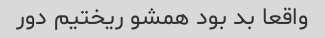
واقعا بد بود همشو ریختیم دور